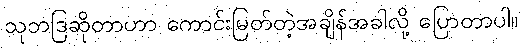
သုဘဒြဆိုတာဟာ ကောင်းမြတ်တဲ့အချိန်အခါလို့ ပြောတာပါ။